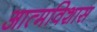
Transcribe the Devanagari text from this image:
आत्मविशास